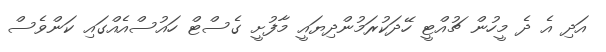
އަދި އެ ދެ މީހުން ޗުއްޓީ ހޭދަކުރަމުންދިޔައީ މާފުށީ ގެސްޓް ހައުސްއެއްގައި ކަންވެސް